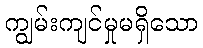
ကျွမ်းကျင်မှုမရှိသော